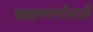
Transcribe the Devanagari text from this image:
ब्राह्मणवर्गासाठी